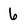
Character: 6